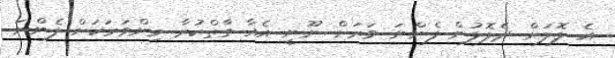
އެ ލޮލަށް ދެލޮލުން ފެންނަ ވަރަށް ނޫނީ އެއާ ގާތްކުރާ މިންވަރަކަށް ފެންނަ